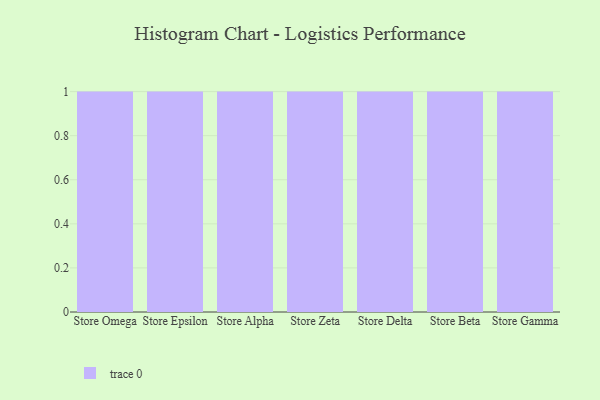
{"axis": {"x": "Store", "y": "Population (Million)"}, "legend": [""], "data": [{"x": "Store Omega", "y": 32, "type": ""}, {"x": "Store Epsilon", "y": 45, "type": ""}, {"x": "Store Alpha", "y": 20, "type": ""}, {"x": "Store Zeta", "y": 63, "type": ""}, {"x": "Store Delta", "y": 19, "type": ""}, {"x": "Store Beta", "y": 45, "type": ""}, {"x": "Store Gamma", "y": 64, "type": ""}]}